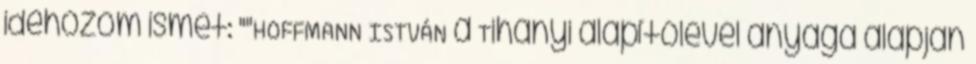
idehozom ismét: ""HOFFMANN ISTVÁN a Tihanyi alapítólevél anyaga alapján